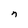
Character: n